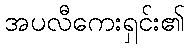
အပလီကေးရှင်း၏